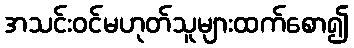
အသင်းဝင်မဟုတ်သူများထက်စော၍